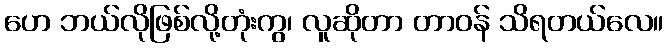
ဟေ ဘယ်လိုဖြစ်လို့တုံးကွ၊ လူဆိုတာ တာဝန် သိရတယ်လေ။